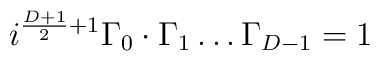
i^{\frac{D+1}{2}+1}\Gamma_0\cdot\Gamma_1\ldots\Gamma_{D-1}=1